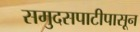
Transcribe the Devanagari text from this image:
समुदसपाटीपासून